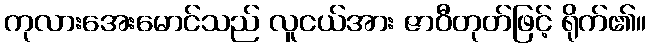
ကုလားအေးမောင်သည် လူငယ်အား ဇာဝီတုတ်ဖြင့် ရိုက်၏။